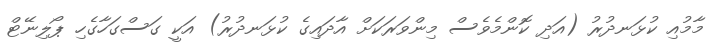
މާމުއި ކުޅަނދުރު (އަދި ކޮންމެވެސް މިންވަރަކަށް އާދައިގެ ކުޅަނދުރު) އަކީ ގަސްގަހާގެހި ޕޯލިނޭޓް